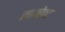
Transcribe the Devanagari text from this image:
लाफोण्ट